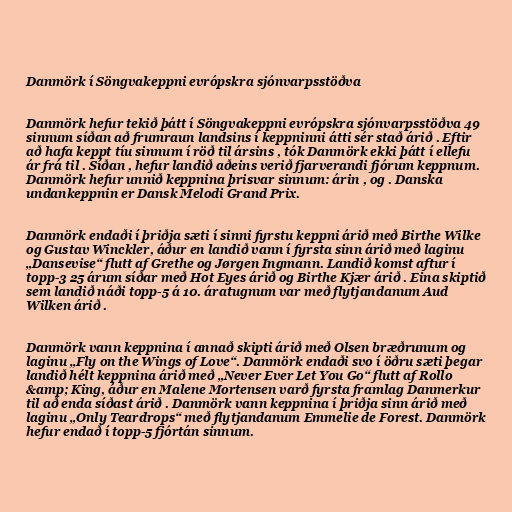
Danmörk í Söngvakeppni evrópskra sjónvarpsstöðva

Danmörk hefur tekið þátt í Söngvakeppni evrópskra sjónvarpsstöðva 49
sinnum síðan að frumraun landsins í keppninni átti sér stað árið . Eftir
að hafa keppt tíu sinnum í röð til ársins , tók Danmörk ekki þátt í ellefu
ár frá til . Síðan , hefur landið aðeins verið fjarverandi fjórum keppnum.
Danmörk hefur unnið keppnina þrisvar sinnum: árin , og . Danska
undankeppnin er Dansk Melodi Grand Prix.

Danmörk endaði í þriðja sæti í sinni fyrstu keppni árið með Birthe Wilke
og Gustav Winckler, áður en landið vann í fyrsta sinn árið með laginu
„Dansevise“ flutt af Grethe og Jørgen Ingmann. Landið komst aftur í
topp-3 25 árum síðar með Hot Eyes árið og Birthe Kjær árið . Eina skiptið
sem landið náði topp-5 á 10. áratugnum var með flytjandanum Aud
Wilken árið .

Danmörk vann keppnina í annað skipti árið með Olsen bræðrunum og
laginu „Fly on the Wings of Love“. Danmörk endaði svo í öðru sæti þegar
landið hélt keppnina árið með „Never Ever Let You Go“ flutt af Rollo
&amp; King, áður en Malene Mortensen varð fyrsta framlag Danmerkur
til að enda síðast árið . Danmörk vann keppnina í þriðja sinn árið með
laginu „Only Teardrops“ með flytjandanum Emmelie de Forest. Danmörk
hefur endað í topp-5 fjórtán sinnum.